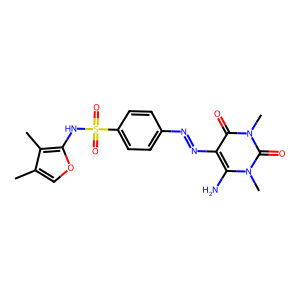
SMILES: Cc1coc(NS(=O)(=O)c2ccc(N=Nc3c(N)n(C)c(=O)n(C)c3=O)cc2)c1C
Inhibits HIV replication: No